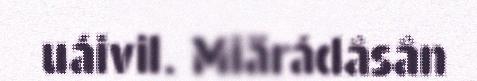
uáivil. Miärádâsân